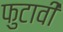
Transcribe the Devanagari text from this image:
फुटावी